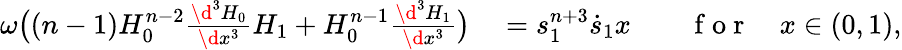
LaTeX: \begin{array}{rlrl}{\omega\big((n-1)H_{0}^{n-2}\frac{\d^{3}H_{0}}{\d x^{3}}H_{1}+H_{0}^{n-1}\frac{\d^{3}H_{1}}{\d x^{3}}\big)}&{{}=s_{1}^{n+3}\dot{s}_{1}x}&{}&{{}\mathrm{~f~o~r~}\quad x\in(0,1),}\end{array}